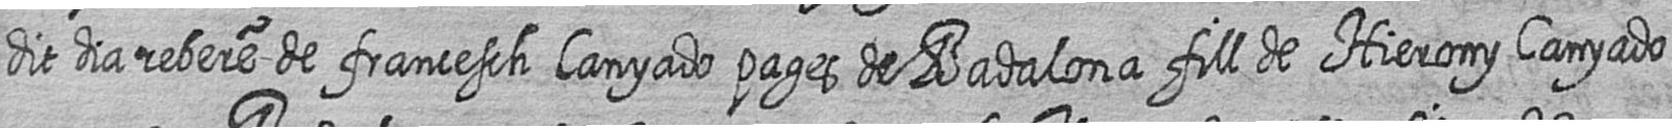
dit dia rebere de francesch Canyado pages de Badalona fill de Hierony Canyado